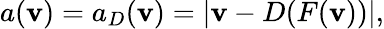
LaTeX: a(\mathbf v)=a_{D}(\mathbf v)=\left|\mathbf v-D(F(\mathbf v))\right|,